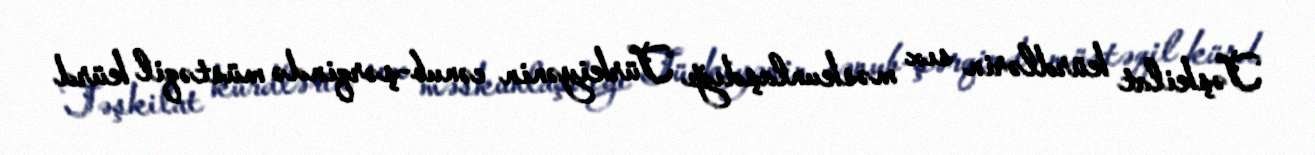
Təşkilat kürdlərin sıx məskunlaşdığı Türkiyənin cənub-şərqində müstəqil kürd